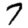
Digit: 7